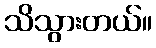
သိသွားတယ်။